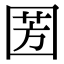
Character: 𭍦